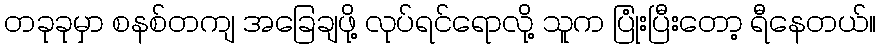
တခုခုမှာ စနစ်တကျ အခြေချဖို့ လုပ်ရင်ရောလို့ သူက ပြုံးပြီးတော့ ရီနေတယ်။